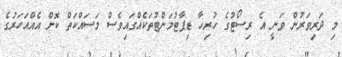
މި ދަރިވަރުން ވަނީ އެ ރިސޯޓުގެ ހުރިހާ ޑިޕާޓުމަންޓުތަކެއްގައިވެސް މަސައްކަތް ކޮށް އެއްއަހަރުގެ